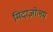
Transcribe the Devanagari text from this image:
मिदाज़ोलम